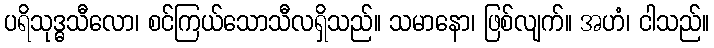
ပရိသုဒ္ဓသီလော၊ စင်ကြယ်သောသီလရှိသည်။ သမာနော၊ ဖြစ်လျက်။ အဟံ၊ ငါသည်။